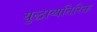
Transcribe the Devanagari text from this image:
युद्धाव्यतिरिक्त